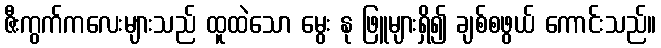
ဇီးကွက်ကလေးများသည် ထူထဲသော မွေး နု ဖြူများရှိ၍ ချစ်စဖွယ် ကောင်းသည်။